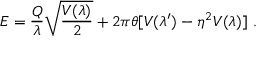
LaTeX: E = \frac { Q } { \lambda } \sqrt { \frac { V ( \lambda ) } { 2 } } + 2 \pi \theta [ V ( \lambda ^ { \prime } ) - \eta ^ { 2 } V ( \lambda ) ] ~ .